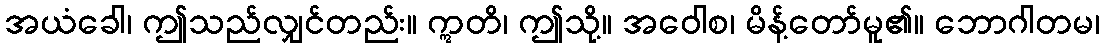
အယံခေါ၊ ဤသည်လျှင်တည်း။ ဣတိ၊ ဤသို့။ အဝေါစ၊ မိန့်တော်မူ၏။ ဘောဂါတမ၊